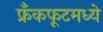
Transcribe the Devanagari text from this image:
फ्रँकफूटमध्ये